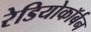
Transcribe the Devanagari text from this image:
रेडियोकॉर्बन